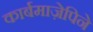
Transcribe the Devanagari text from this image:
कार्बमाज़ेपिने